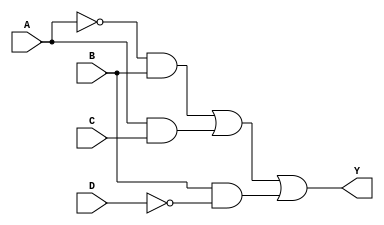
module combinational_logic_block (
    input wire A,   // Input A
    input wire B,   // Input B
    input wire C,   // Input C
    input wire D,   // Input D
    output wire Y   // Output Y
);

// Define the logical expression as per the minimization steps described
// For example, suppose the minimized expression from the techniques is:
// Y = A'B + AC + BD'

assign Y = (~A & B) | (A & C) | (B & ~D);

endmodule